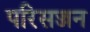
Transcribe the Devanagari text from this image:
परिसज्जन